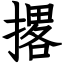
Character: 撂